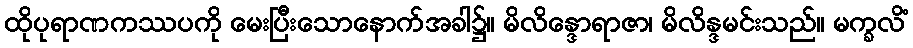
ထိုပုရာဏကဿပကို မေးပြီးသောနောက်အခါ၌။ မိလိန္ဒောရာဇာ၊ မိလိန္ဒမင်းသည်။ မက္ခလိံ